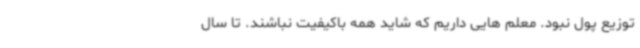
توزیع پول نبود. معلم هایی داریم که شاید همه باکیفیت نباشند. تا سال